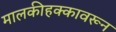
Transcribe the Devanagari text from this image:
मालकीहक्कावरून